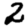
Digit: 2